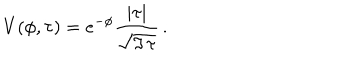
LaTeX: V ( \phi , \tau ) = e ^ { - \phi } { \frac { | \tau | } { \sqrt { \Im \, \tau } } } \, .